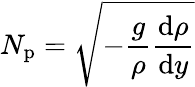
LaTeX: N_{\mathrm{p}}=\sqrt{-\frac{g}{\rho}\frac{\mathrm{d}\rho}{\mathrm{d}y}}